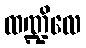
ထဏ္ဍိလေ